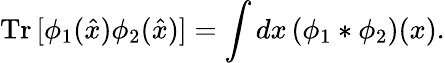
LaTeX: \mathrm{Tr}\, [\phi_{1}(\hat{x})\phi_{2}(\hat{x})]=\int dx\, (\phi_{1}*\phi_{2})(x).